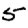
Digit: 5